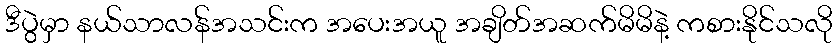
ဒီပွဲမှာ နယ်သာလန်အသင်းက အပေးအယူ အချိတ်အဆက်မိမိနဲ့ ကစားနိုင်သလို